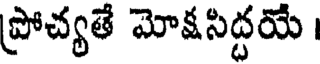
ప్రోచ్యతే మోక్షసిద్దయే